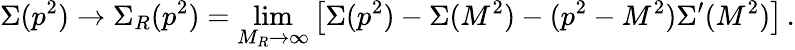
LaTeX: \Sigma(p^{2})\rightarrow\Sigma_{R}(p^{2})=\operatorname*{lim}_{M_{R}\rightarrow\infty}\left[\Sigma(p^{2})-\Sigma(M^{2})-(p^{2}-M^{2})\Sigma^{\prime}(M^{2})\right]\, .